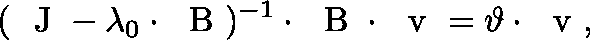
( { \mathrm { ~ \boldmath ~ J ~ } } - \lambda _ { 0 } \cdot { \mathrm { ~ \boldmath ~ B ~ } } ) ^ { - 1 } \cdot { \mathrm { ~ \boldmath ~ B ~ } } \cdot { \mathrm { ~ \boldmath ~ v ~ } } = \vartheta \cdot { \mathrm { ~ \boldmath ~ v ~ } } ,